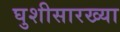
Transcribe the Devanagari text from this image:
घुशीसारख्या